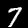
Digit: 7